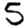
Digit: 5